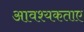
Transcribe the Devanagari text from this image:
आवश्यकताए